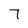
Character: 7